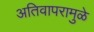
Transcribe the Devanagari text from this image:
अतिवापरामुळे